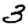
Digit: 3